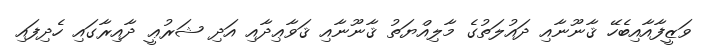
ވަޒީފާއާއިބެހޭ ޤާނޫނާއި ދައުލަތުގެ މާލިއްޔަތު ޤާނޫނާއި ޤަވާޢިދާއި އަދި ޝަރުޢީ ދާއިރާގައި ހެދިފައި